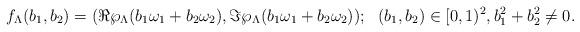
LaTeX: \begin{align*}f_\Lambda(b_1,b_2) =(\Re{\wp_\Lambda(b_1\omega_1+b_2\omega_2)},\Im\wp_\Lambda(b_1\omega_1+b_2\omega_2));~~ (b_1,b_2)\in [0,1)^2, b_1^2+b_2^2\neq 0.\end{align*}